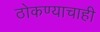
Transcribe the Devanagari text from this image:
ठोकण्याचाही